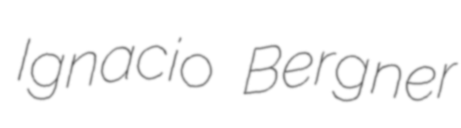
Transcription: Ignacio Bergner